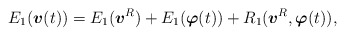
\begin{align*}E_{1}(\mbox{\mathversion{bold}$v$}(t))=E_{1}(\mbox{\mathversion{bold}$v$}^{R})+E_{1}(\mbox{\mathversion{bold}$\varphi$}(t))+R_{1}(\mbox{\mathversion{bold}$v$}^{R},\mbox{\mathversion{bold}$\varphi$}(t)),\end{align*}